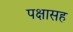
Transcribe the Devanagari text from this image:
पक्षासह